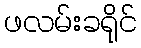
ဖလမ်းခရိုင်